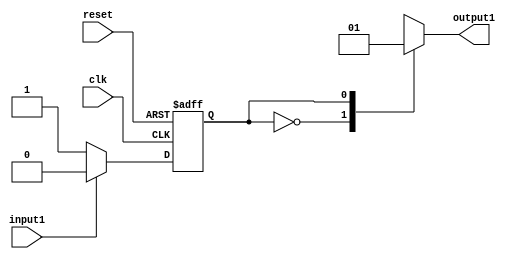
/*
Author: This file contains a state machine with 2 states
*/
module stateMachine1 (clk, reset, input1, output1);
	input clk, reset, input1;
	output output1;
	reg output1;
	reg state;
	parameter state_A=0, state_B=1;

always@(posedge clk or posedge reset)
	begin 
		if(reset)
			state=state_A;
		else
			case(state)
				state_A:
					if(input1==0)
						state=state_B;
					else 
						state=state_A;
				state_B:
					if(input1==1)
						state = state_A;
					else
						state = state_B;
				default: 
					state = state_A;
			endcase
	end

always@(state)
	begin
		case(state)
			state_A: output1 = 0;
			state_B: output1 = 1;
			default: output1 = 0;
		endcase
	end
endmodule